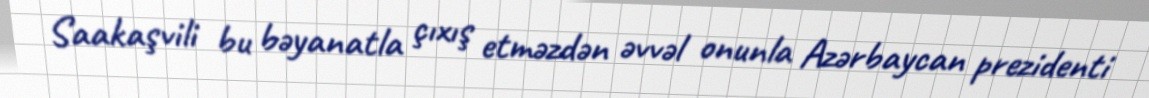
Saakaşvili bu bəyanatla çıxış etməzdən əvvəl onunla Azərbaycan prezidenti